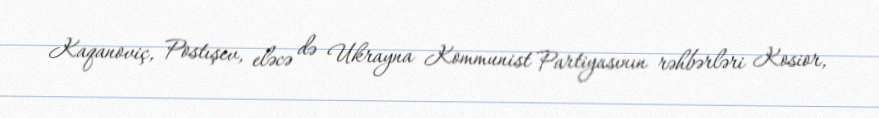
Kaqanoviç, Postışev, eləcə də Ukrayna Kommunist Partiyasının rəhbərləri Kosior,